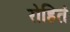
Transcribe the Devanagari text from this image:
रोहितं